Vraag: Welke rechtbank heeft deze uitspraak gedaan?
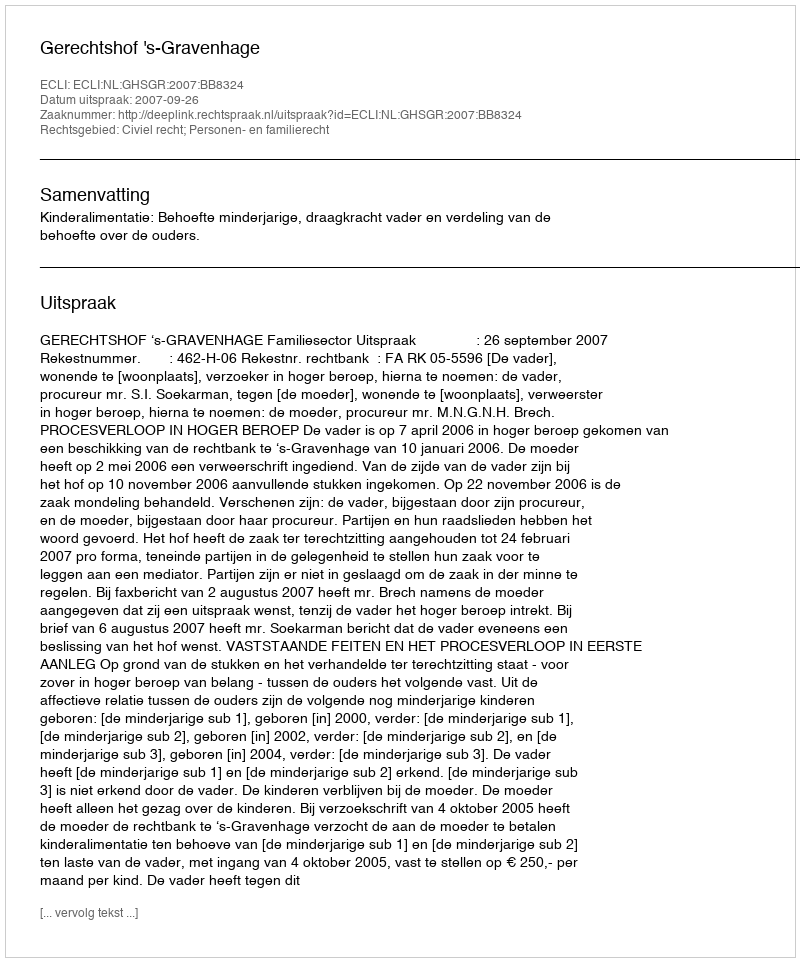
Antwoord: Gerechtshof 's-Gravenhage